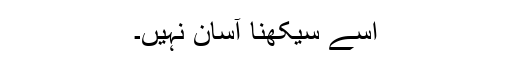
اسے سیکھنا آسان نہیں۔